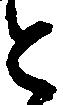
と